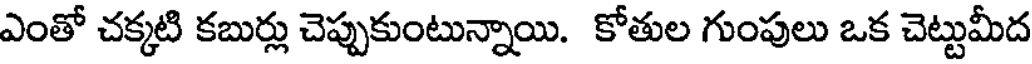
ఎంతో చక్కటి కబుర్లు చెప్పుకుంటున్నాయి. కోతుల గుంపులు ఒక చెట్టుమీద